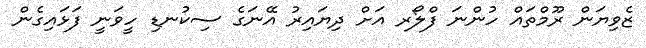
ޒެވިޔަން ރޫމްތައް ހުންނަ ފްލޯރ އަށް ދިޔައިރު އޭނަގެ ސިކުނޑި ހީވަނީ ފަޅައިގެން